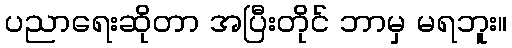
ပညာရေးဆိုတာ အပြီးတိုင် ဘာမှ မရဘူး။